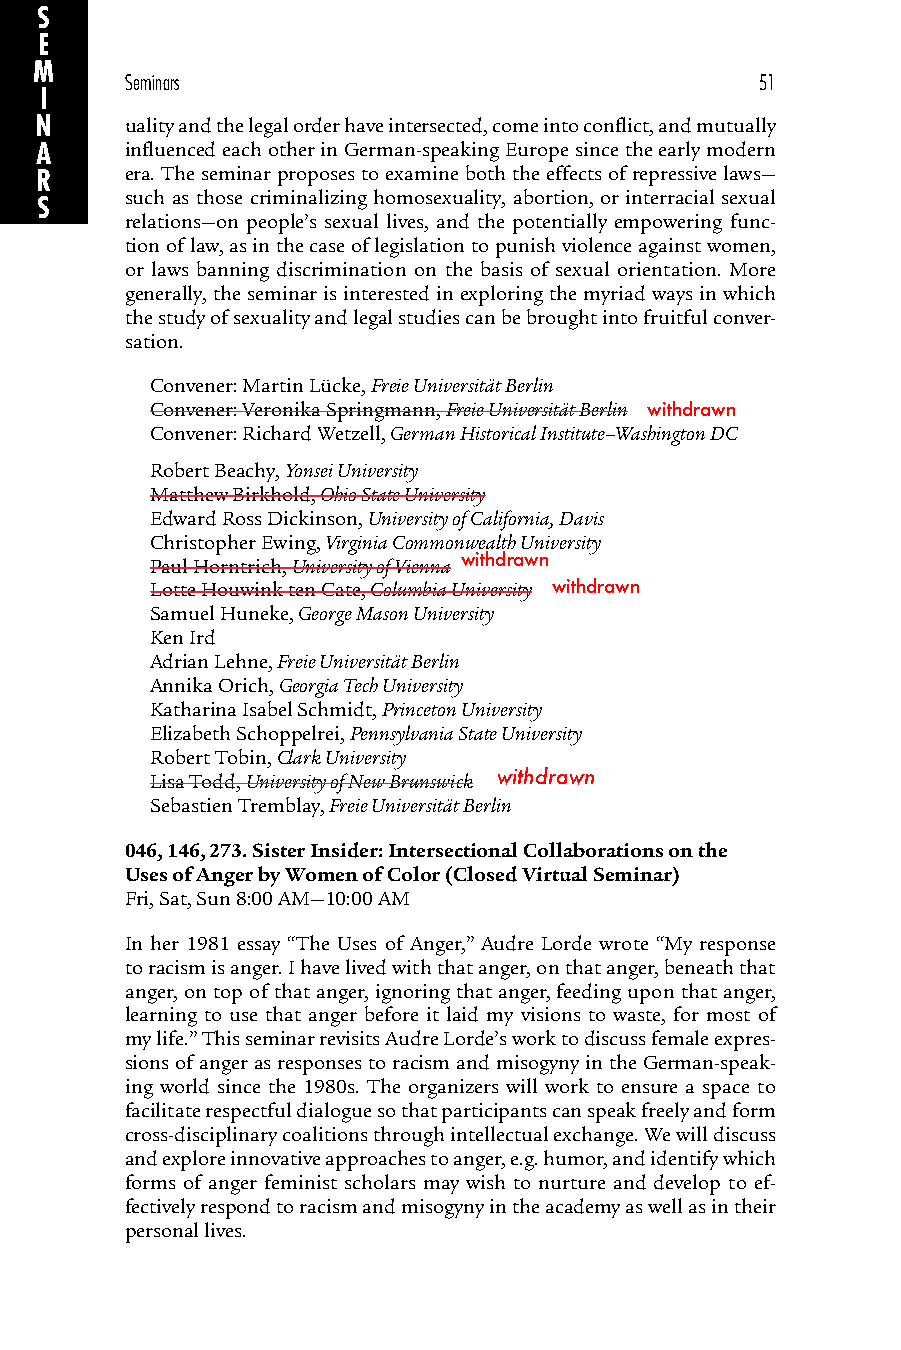
S
 E
 M
 Seminars                                  51
 I
 N     uality and the legal order have intersected, come into conflict, and mutually
 A     influenced each other in German-speaking Europe since the early modern
 R     era. The seminar proposes to examine both the effects of repressive laws—
 such as those criminalizing homosexuality, abortion, or interracial sexual
 S
 relations—on people’s sexual lives, and the potentially empowering func-
 tion of law, as in the case of legislation to punish violence against women,
 or laws banning discrimination on the basis of sexual orientation. More
 generally, the seminar is interested in exploring the myriad ways in which
 the study of sexuality and legal studies can be brought into fruitful conver-
 sation.
 Convener: Martin Lücke, Freie Universität Berlin
 Convener: Veronika Springmann, Freie Universität Berlin withdrawn
 Convener: Richard Wetzell, German Historical Institute–Washington DC
 Robert Beachy, Yonsei University
 Matthew Birkhold, Ohio State University
 Edward Ross Dickinson, University of California, Davis
 Christopher Ewing, Virginia Commonwealth University
 Paul Horntrich, University of Vienna withdrawn
 Lotte Houwink ten Cate, Columbia University withdrawn
 Samuel Huneke, George Mason University
 Ken Ird
 Adrian Lehne, Freie Universität Berlin
 Annika Orich, Georgia Tech University
 Katharina Isabel Schmidt, Princeton University
 Elizabeth Schoppelrei, Pennsylvania State University
 Robert Tobin, Clark University
 Lisa Todd, University of New Brunswick withdrawn
 Sebastien Tremblay, Freie Universität Berlin
 046, 146, 273. Sister Insider: Intersectional Collaborations on the
 Uses of Anger by Women of Color (Closed Virtual Seminar)
 Fri, Sat, Sun 8:00 AM—10:00 AM
 In her 1981 essay “The Uses of Anger,” Audre Lorde wrote “My response
 to racism is anger. I have lived with that anger, on that anger, beneath that
 anger, on top of that anger, ignoring that anger, feeding upon that anger,
 learning to use that anger before it laid my visions to waste, for most of
 my life.” This seminar revisits Audre Lorde’s work to discuss female expres-
 sions of anger as responses to racism and misogyny in the German-speak-
 ing world since the 1980s. The organizers will work to ensure a space to
 facilitate respectful dialogue so that participants can speak freely and form
 cross-disciplinary coalitions through intellectual exchange. We will discuss
 and explore innovative approaches to anger, e.g. humor, and identify which
 forms of anger feminist scholars may wish to nurture and develop to ef-
 fectively respond to racism and misogyny in the academy as well as in their
 personal lives.